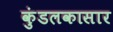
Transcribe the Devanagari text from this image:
कुंडलकासार